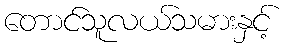
တောင်သူလယ်သမားနှင့်